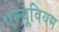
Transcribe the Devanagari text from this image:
एल्यूवियम